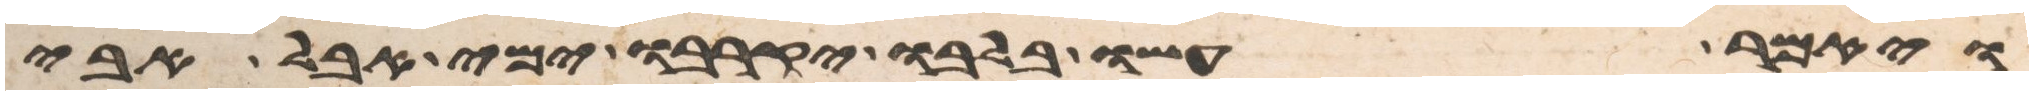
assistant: ויאמר עשו בלבו יקרבו ימי אבל אבי